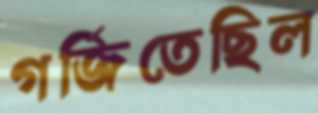
গর্জিতেছিল